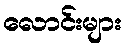
လောင်းများ